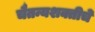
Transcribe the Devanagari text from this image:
चैतन्यशक्तीचे